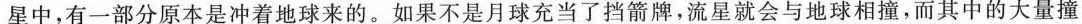
星中，有一部分原本是冲着地球来的。如果不是月球充当了挡箭牌，流星就会与地球相撞，而其中的大量撞